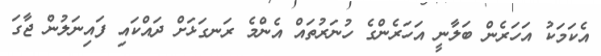
އެކަމަކު އަހަރެން ބަލާނީ އަހަރެންގެ ހުނަރުތައް އެންމެ ރަނގަޅަށް ދައްކައި ފައިނަލުން ޖާގަ